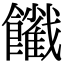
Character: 𩟦